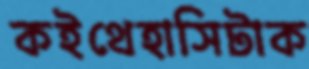
কইথেহাসিটাক